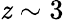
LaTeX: \mathit{z}\sim3